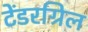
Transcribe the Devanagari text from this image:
टेंडरग्रिल